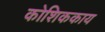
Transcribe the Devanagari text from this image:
कोशिककाय